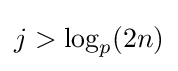
j>\log _{p}(2n)